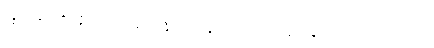
ပစ္စည်းများကို လျှို့ဝှက်သိမ်းဆည်းနိုင်သည့် ခုတင်အောက်သို့ မွှေနှောက်ရှာဖွေကြတော့သည်။